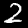
Digit: 2